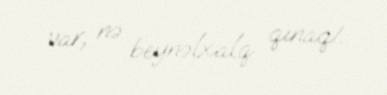
var, nə beynəlxalq qınaq!.